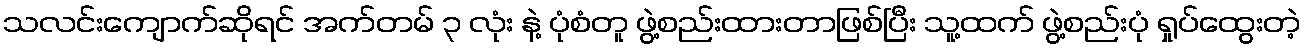
သလင်းကျောက်ဆိုရင် အက်တမ် ၃ လုံး နဲ့ ပုံစံတူ ဖွဲ့စည်းထားတာဖြစ်ပြီး သူ့ထက် ဖွဲ့စည်းပုံ ရှုပ်ထွေးတဲ့